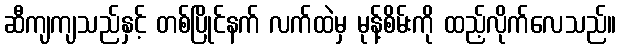
ဆီကျကျသည်နှင့် တစ်ပြိုင်နက် လက်ထဲမှ မုန့်စိမ်းကို ထည့်လိုက်လေသည်။